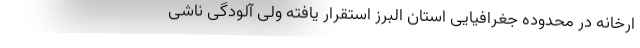
ارخانه در محدوده جغرافیایی استان البرز استقرار یافته ولی آلودگی ناشی